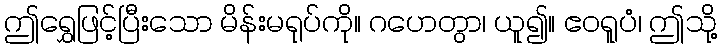
ဤရွှေဖြင့်ပြီးသော မိန်းမရုပ်ကို။ ဂဟေတွာ၊ ယူ၍။ ဧဝရူပံ၊ ဤသို့